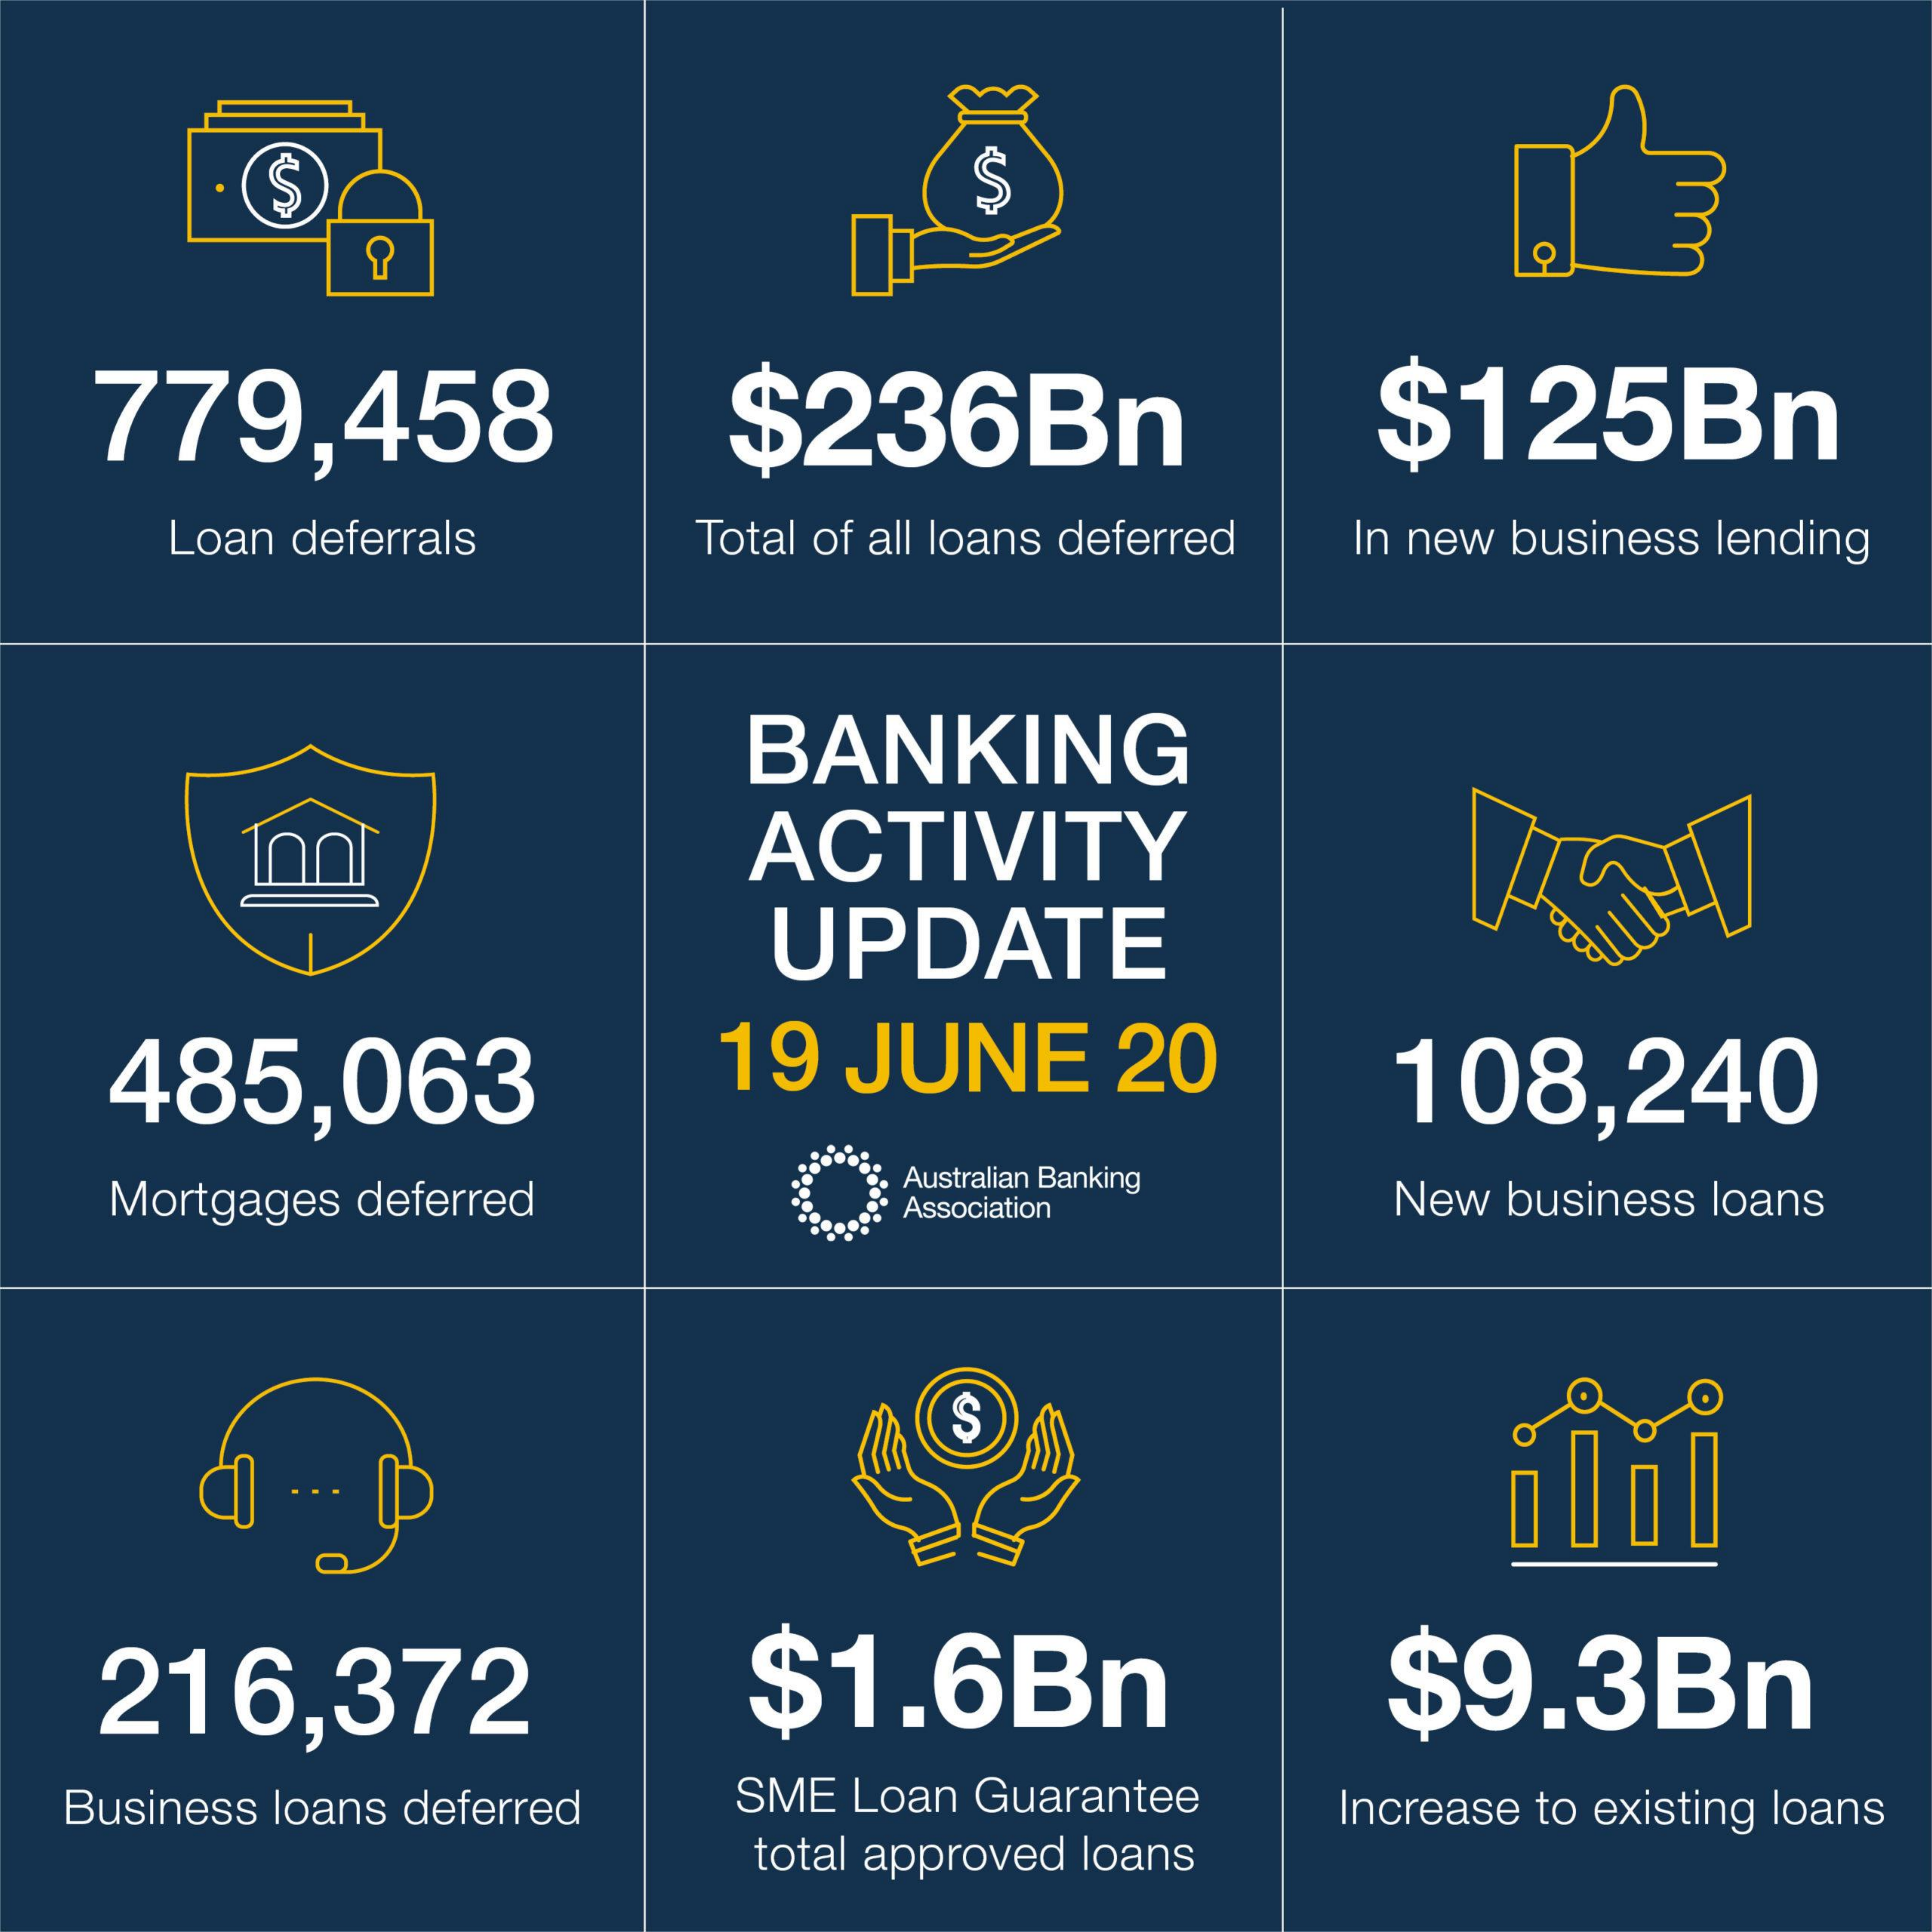
S
   779,458    $236Bn    $125Bn
     Loan deferrals   Total of all loans deferred In new business lending
     BANKING
     ACTIVITY
     UPDATE
    485,063    19  JUNE    20    108,240
    Mortgages deferred    Australian Banking
     Association    New business loans
     S
    216,372    $1.6Bn    $9.3Bn
   Business loans deferred SME Loan Guarantee
     total approved loans
     Increase to existing loans